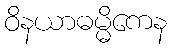
ဝိနယာဓမ္မိကေန